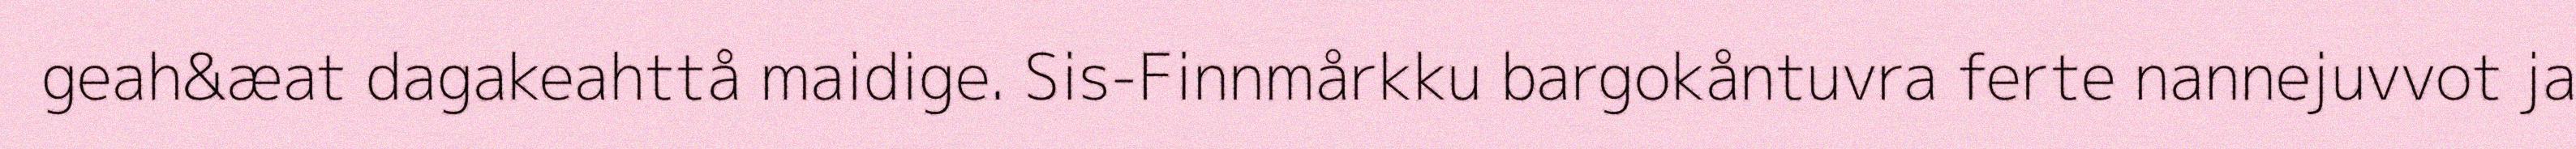
geah&æat dagakeahttå maidige. Sis-Finnmårkku bargokåntuvra ferte nannejuvvot ja